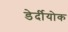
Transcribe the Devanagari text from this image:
डेर्दीयोक